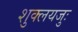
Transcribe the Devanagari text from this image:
शुक्लयजुः